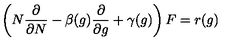
\left( N { \frac { \partial } { \partial N } } - \beta ( g ) { \frac { \partial } { \partial g } } + \gamma ( g ) \right) F = r ( g )